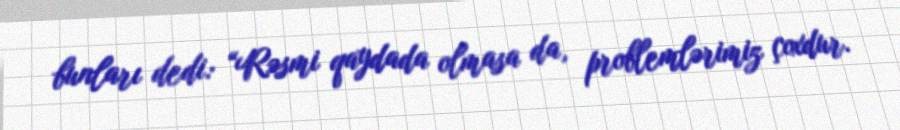
bunları dedi: “Rəsmi qaydada olmasa da, problemlərimiz çoxdur.